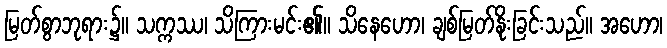
မြတ်စွာဘုရား၌။ သက္ကဿ၊ သိကြားမင်း၏။ သိနေဟော၊ ချစ်မြတ်နိုးခြင်းသည်။ အဟော၊